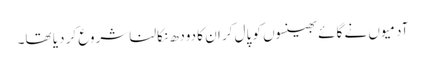
آدمیوں نے گائے بھینسوں کو پال کر ان کا دودھ نکالنا شروع کر دیا تھا۔